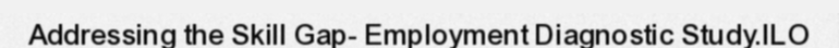
Addressing the Skill Gap- Employment Diagnostic Study.ILO